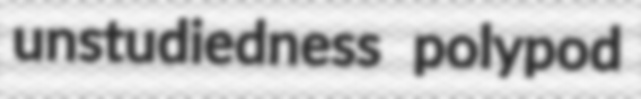
unstudiedness polypod